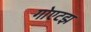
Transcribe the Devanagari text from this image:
गोएटझ